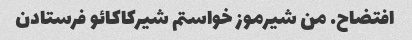
افتضاح. من شیرموز خواستم شیرکاکائو فرستادن